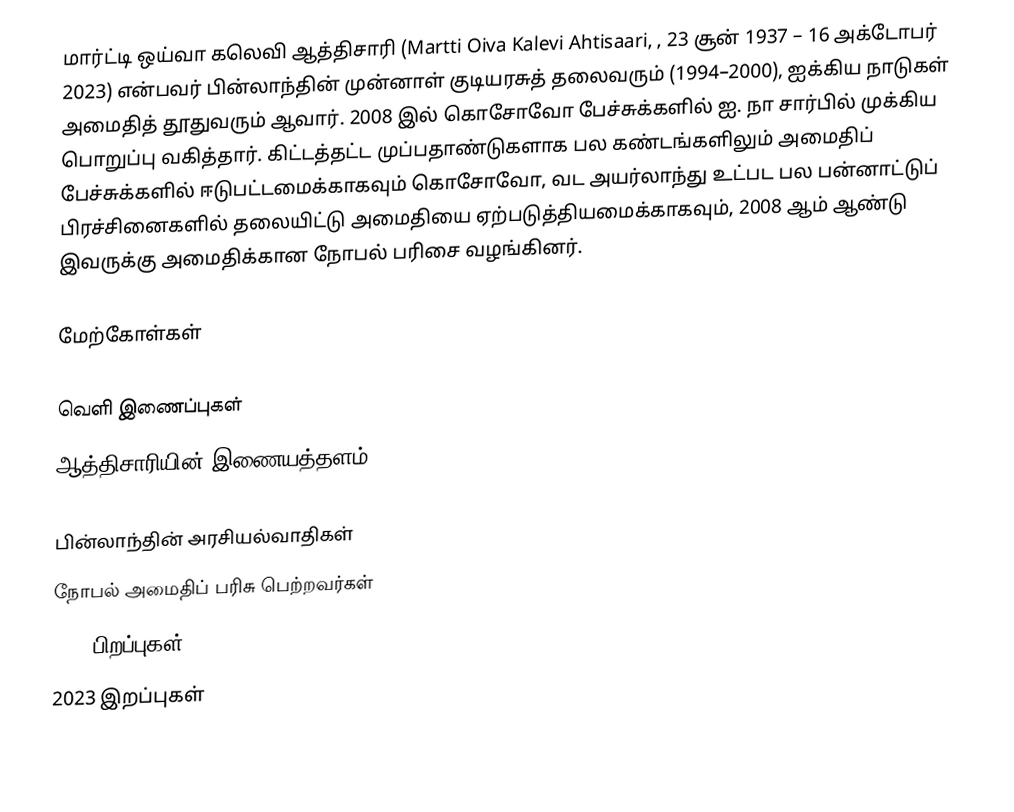
மார்ட்டி ஒய்வா கலெவி ஆத்திசாரி (Martti Oiva Kalevi Ahtisaari, , 23 சூன் 1937 – 16 அக்டோபர் 2023) என்பவர் பின்லாந்தின் முன்னாள் குடியரசுத் தலைவரும் (1994–2000), ஐக்கிய நாடுகள் அமைதித் தூதுவரும் ஆவார். 2008 இல் கொசோவோ பேச்சுக்களில் ஐ. நா சார்பில் முக்கிய பொறுப்பு வகித்தார். கிட்டத்தட்ட முப்பதாண்டுகளாக பல கண்டங்களிலும் அமைதிப் பேச்சுக்களில் ஈடுபட்டமைக்காகவும் கொசோவோ, வட அயர்லாந்து உட்பட பல பன்னாட்டுப் பிரச்சினைகளில் தலையிட்டு அமைதியை ஏற்படுத்தியமைக்காகவும், 2008 ஆம் ஆண்டு இவருக்கு அமைதிக்கான நோபல் பரிசை வழங்கினர்.

மேற்கோள்கள்

வெளி இணைப்புகள்
 ஆத்திசாரியின்  இணையத்தளம்

பின்லாந்தின் அரசியல்வாதிகள்
நோபல் அமைதிப் பரிசு பெற்றவர்கள்
1937 பிறப்புகள்
2023 இறப்புகள்